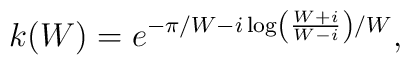
k(W) = e^{- \pi/W-i\log \left( \frac{W+i}{W-i}\right)/W},